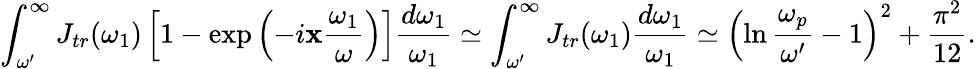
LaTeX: \int_{\omega^{\prime}}^{\infty}J_{tr}(\omega_{1})\left[1-\exp\left(-i\mathbf{x}\frac{{\omega_{1}}}{{\omega}}\right)\right]\frac{{d\omega_{1}}}{{\omega_{1}}}\simeq\int_{\omega^{\prime}}^{\infty}J_{tr}(\omega_{1})\frac{{d\omega_{1}}}{{\omega_{1}}}\simeq\left(\ln\frac{{\omega_{p}}}{{\omega^{\prime}}}-1\right)^{2}+\frac{{\pi^{2}}}{{12}}.